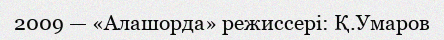
2009 — «Алашорда» режиссері: Қ.Умаров